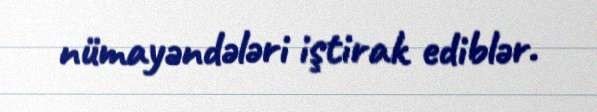
nümayəndələri iştirak ediblər.